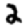
Digit: 2